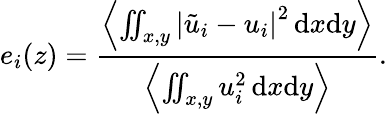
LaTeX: e_{i}(z)=\frac{\left\langle\iint_{x,y}{\left|\tilde{u}_{i}-u_{i}\right|}^{2}\, \mathrm{d}x\mathrm{d}y\right\rangle}{\left\langle\iint_{x,y}u_{i}^{2}\, \mathrm{d}x\mathrm{d}y\right\rangle}.